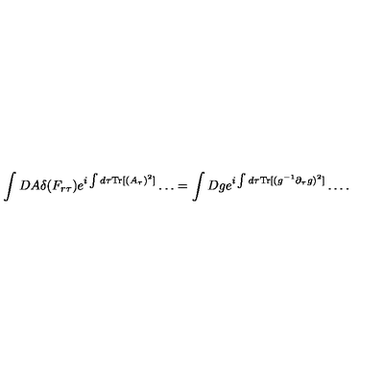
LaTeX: \int D A \delta ( F _ { r \tau } ) e ^ { i \int d \tau { \mathrm { T r } } [ ( A _ { \tau } ) ^ { 2 } ] } \ldots = \int D g e ^ { i \int d \tau { \mathrm { T r } } [ ( g ^ { - 1 } \partial _ { \tau } g ) ^ { 2 } ] } \ldots .